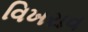
વિખરાવ